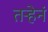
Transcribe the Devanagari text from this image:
तर्‍हेनं